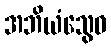
အဘိယံသွေဝ